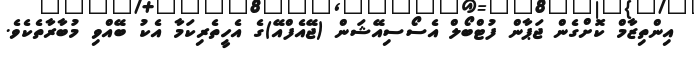
އިންތިޒާމް ކޮށްގެން ޖަޕާން ފުޓްބޯލް އެސޯސިއޭޝަން (ޖޭއެފްއޭ)ގެ އެހީތެރިކަމާ އެކު ބޭއްވި މުބާރާތެކެވެ.